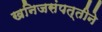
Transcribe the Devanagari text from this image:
खनिजसंपत्तीने